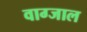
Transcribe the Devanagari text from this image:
वाग्जाल